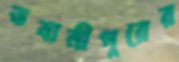
ভবানীপুরের